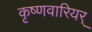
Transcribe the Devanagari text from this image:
कृष्णवारियर्